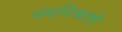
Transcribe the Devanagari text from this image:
यवनिकासे